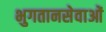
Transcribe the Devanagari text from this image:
भुगतानसेवाओं